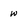
Character: w